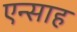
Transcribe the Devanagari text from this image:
एन्साह